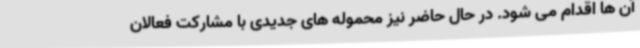
آن ها اقدام می شود. در حال حاضر نیز محموله های جدیدی با مشارکت فعالان